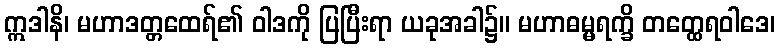
ဣဒါနိ၊ မဟာဒတ္တထေရ်၏ ဝါဒကို ပြပြီးရာ ယခုအခါ၌။ မဟာဓမ္မရက္ခိ တတ္ထေရဝါဒေ၊